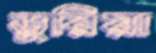
ডুরিয়া